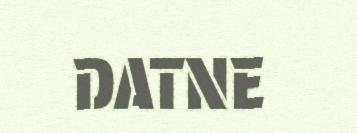
DATNE